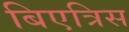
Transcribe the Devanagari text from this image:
बिएत्रिस